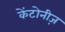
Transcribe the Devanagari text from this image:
केंटोनीज़